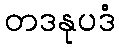
တဒနုပဒံ